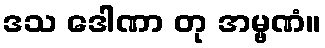
ဒသ ဒေါဏာ တု အမ္ဗဏံ။